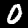
Label: 0